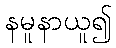
နမူနာယူ၍